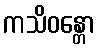
ကသိဝန္တော